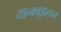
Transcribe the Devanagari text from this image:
यान्क्युइत्लान